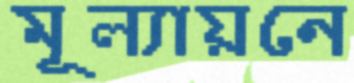
মূল্যায়নে